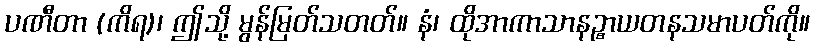
ပဏီတာ (ကိရ)၊ ဤသို့ မွန်မြတ်သတတ်။ နံ၊ ထိုအာကာသာနဉ္စာယတနသမာပတ်ကို။